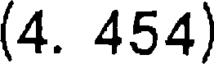
(4. 454)